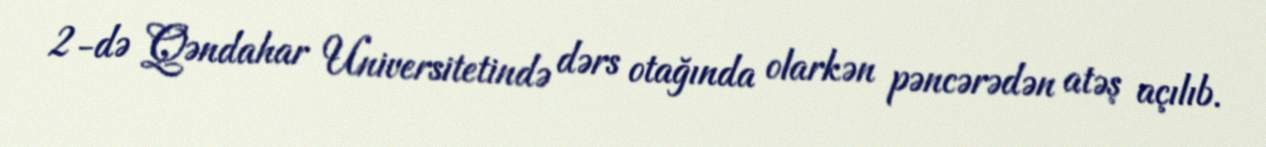
2-də Qəndahar Universitetində dərs otağında olarkən pəncərədən atəş açılıb.